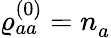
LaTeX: {\varrho_{aa}^{(0)}=n_{a}^{\ }}